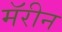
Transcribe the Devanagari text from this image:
मॅरीन